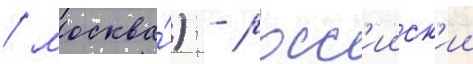
/ москва́) - росс'ииск'ии